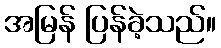
အမြန် ပြန်ခဲ့သည်။